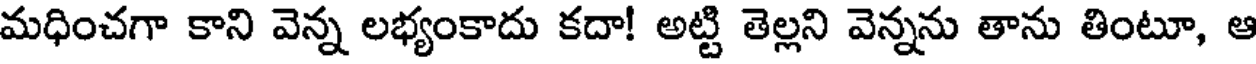
మధించగా కాని వెన్న లభ్యంకాదు కదా! అట్టి తెల్లని వెన్నను తాను తింటూ, ఆ